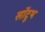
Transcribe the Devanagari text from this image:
सॉटूथ